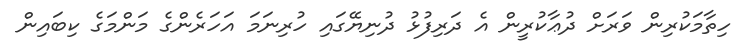
ހިތާމަކުރިން ވަރަށް ދުޢާކުރީން އެ ދަރިފުޅު ދުނިޔޭގައި ހުރިނަމަ އަހަރެންގެ މަންމަގެ ކިބައިން